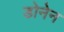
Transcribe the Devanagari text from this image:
डोनेन